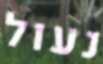
נעול